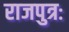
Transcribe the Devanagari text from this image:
राजपुत्रः